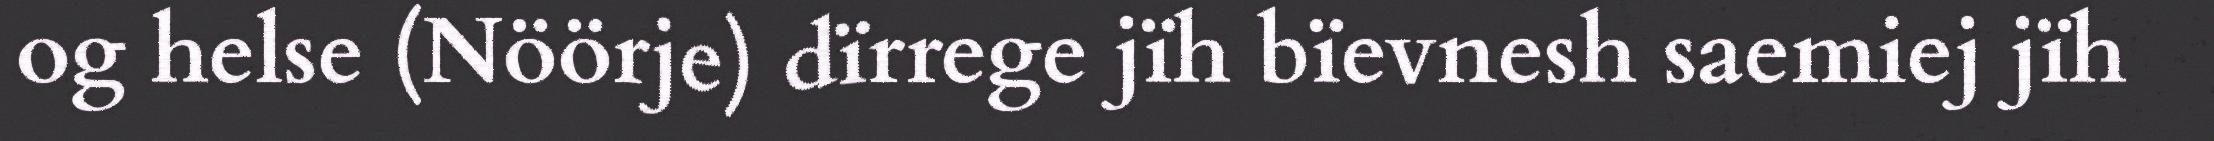
og helse (Nöörje) dïrrege jïh bïevnesh saemiej jïh